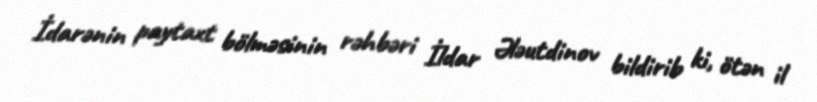
İdarənin paytaxt bölməsinin rəhbəri İldar Ələutdinov bildirib ki, ötən il